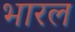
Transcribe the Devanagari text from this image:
भारल